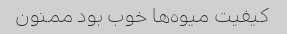
کیفیت میوه‌ها خوب بود ممنون